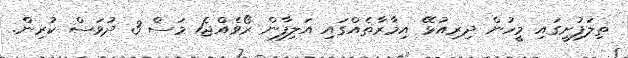
ތިލަފުށީގައި މީހުން ދިރިއުޅޭ އިމާރާތެއްގައި އަލިފާން ރޯވެއްޖެ1 މަސް 3 ދުވަސް ކުރިން.